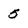
Character: 5